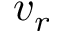
v _ { r }